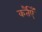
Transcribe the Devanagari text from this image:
कर्तैएँ